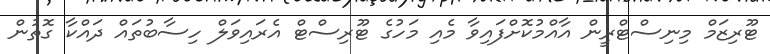
ޓޫރިޒަމް މިނިސްޓްރީން އާއްމުކޮށްފައިވާ މެއި މަހުގެ ޓޫރިސްޓް އެރައިވަލް ހިސާބުތައް ދައްކާ ގޮތުން